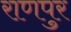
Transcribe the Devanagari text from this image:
राणपुर